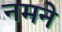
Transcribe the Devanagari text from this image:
नमने